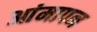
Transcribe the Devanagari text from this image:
आंमापन